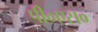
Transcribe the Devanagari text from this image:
पी०एस०